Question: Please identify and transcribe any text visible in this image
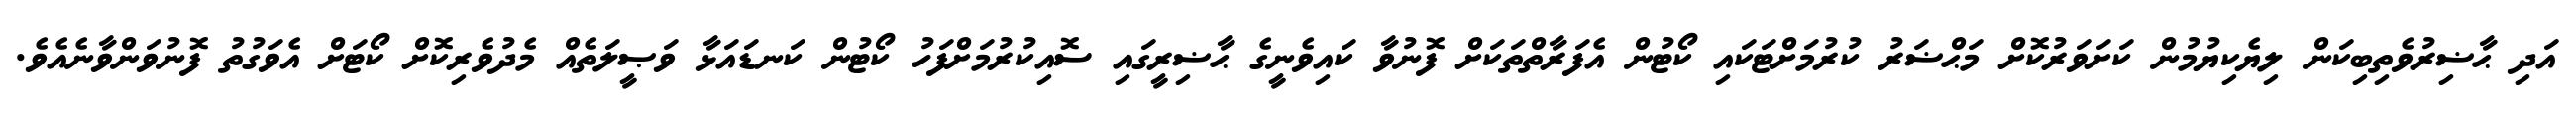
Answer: އަދި ޙާޟިރުވެތިބިކަން ލިޔެކިޔުމުން ކަށަވަރުކޮށް މަޙްޟަރު ކުރުމަށްޓަކައި ކޯޓުން އެފަރާތްތަކަށް ފޮނުވާ ކައިވެނީގެ ޙާޟިރީގައި ސޮއިކުރުމަށްފަހު ކޯޓުން ކަނޑައަޅާ ވަޞީލަތެއް މެދުވެރިކޮށް ކޯޓަށް އެވަގުތު ފޮނުވަންވާނެއެވެ.